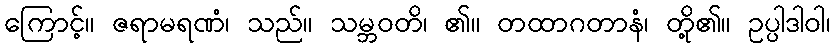
ကြောင့်။ ဇရာမရဏံ၊ သည်။ သမ္ဘဝတိ၊ ၏။ တထာဂတာနံ၊ တို့၏။ ဥပ္ပါဒါဝါ၊